Civil Veterinary Department. Madras. Admin. report 1926-33 - 1926-1933
Year: 1926
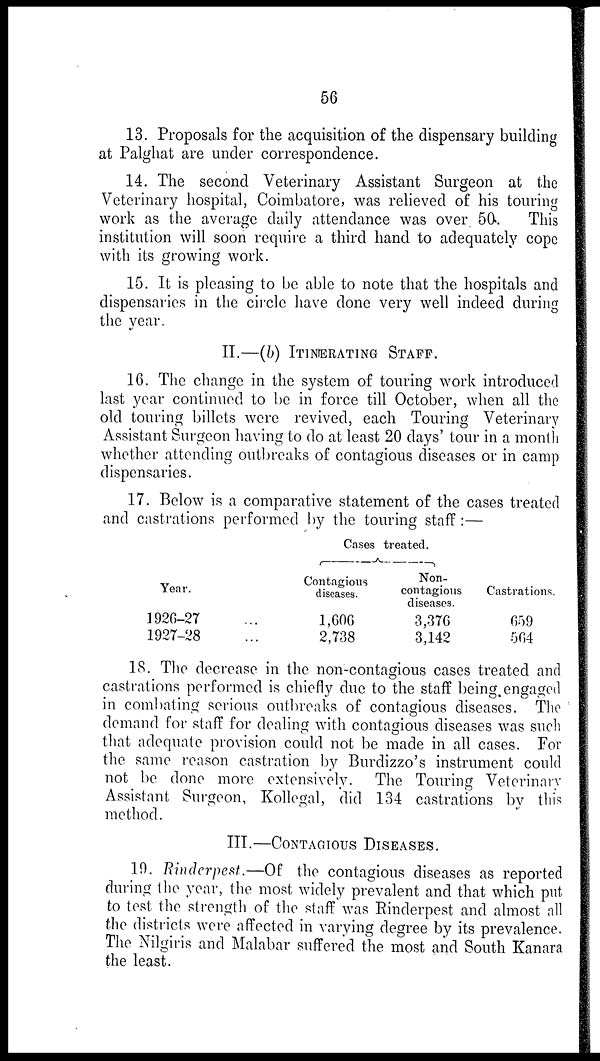
56
13. Proposals for the acquisition of the dispensary building
at Palghat are under correspondence.
14. The second Veterinary Assistant Surgeon at the
Veterinary hospital, Coimbatore, was relieved of his touring
work as the average daily attendance was over 50. This
institution will soon require a third hand to adequately cope
with its growing work.
15. It is pleasing to be able to note that the hospitals and
dispensaries in the circle have done very well indeed during
the year.
II.—(b) ITINERATING STAFF.
16. The change in the system of touring work introduced
last year continued to be in force till October, when all the
old touring billets were revived, each Touring Veterinary
Assistant Surgeon having to do at least 20 days' tour in a month
whether attending outbreaks of contagious diseases or in camp
dispensaries.
17. Below is a comparative statement of the cases treated
and castrations performed by the touring staff:—
Year.
1926-27 ...
1927-28 ...
Cases treated.
Contagious
diseases.
1,606
2,738
Non-
contagious
diseases.
3,376
3,142
Castrations.
659
564
18. The decrease in the non-contagious cases treated and
castrations performed is chiefly due to the staff being, engaged
in combating serious outbreaks of contagious diseases. The
demand for staff for dealing with contagious diseases was such
that adequate provision could not be made in all cases. For
the same reason castration by Burdizzo's instrument could
not be done more extensively. The Touring Veterinary
Assistant Surgeon, Kollegal, did 134 castrations by this
method.
III.—CONTAGIOUS DISEASES.
19. Rinderpest.—Of the contagious diseases as reported
during the year, the most widely prevalent and that which put
to test the strength of the staff was Rinderpest and almost all
the districts were affected in varying degree by its prevalence.
The Nilgiris and Malabar suffered the most and South Kanara
the least.